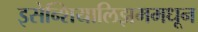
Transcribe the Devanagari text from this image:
इसेन्शियालिझममधून